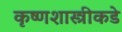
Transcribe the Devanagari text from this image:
कृष्णशास्त्रीकडे